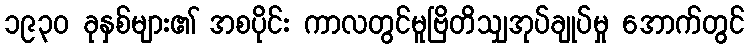
၁၉၃၀ ခုနှစ်များ၏ အစပိုင်း ကာလတွင်မူဗြိတိသျှအုပ်ချုပ်မှု အောက်တွင်